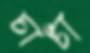
চাঁচা